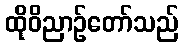
ထိုဝိညာဉ်တော်သည်